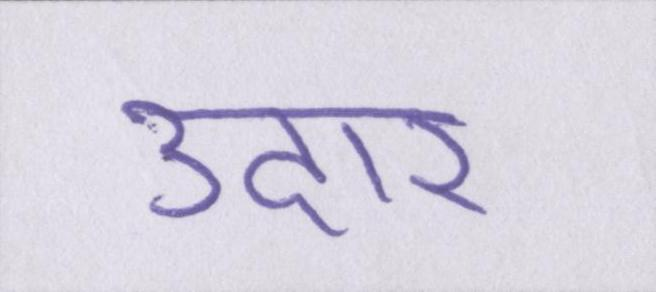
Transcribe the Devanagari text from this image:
उदार